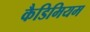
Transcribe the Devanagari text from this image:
कैडिमियम